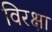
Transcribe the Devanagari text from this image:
विरक्षा